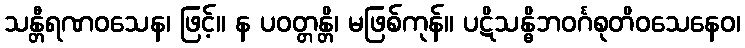
သန္တီရဏဝသေန၊ ဖြင့်။ န ပဝတ္တန္တိ၊ မဖြစ်ကုန်။ ပဋိသန္ဓိဘဝင်္ဂစုတိဝသေနေဝ၊